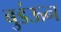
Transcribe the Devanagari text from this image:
बुडंऊन